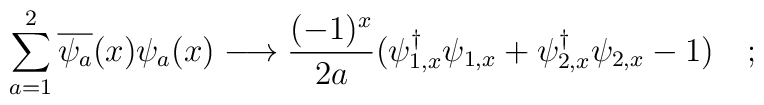
\sum_{a=1}^2 \overline{\psi_{a}}(x)\psi_{a}(x) \longrightarrow \frac{(-1)^{x}}{2a}(\psi^{\dagger}_{1,x}\psi_{1,x}+ \psi^{\dagger}_{2,x}\psi_{2,x}-1)\quad ;